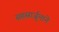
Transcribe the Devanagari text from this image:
सहस्रार्जुनाने